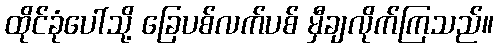
ထိုင်ခုံပေါ်သို့ ခြေပစ်လက်ပစ် မှီချလိုက်ကြသည်။